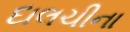
દાલચીના